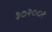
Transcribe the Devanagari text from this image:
३०२००१